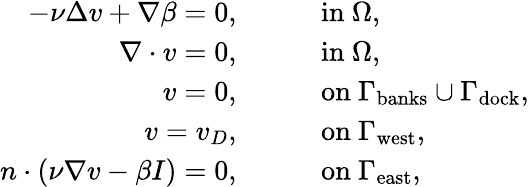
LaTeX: \begin{array}{rl}{-\nu\Delta v+\nabla\beta=0,}&{\qquad\mathrm{in}\ \Omega,}\\ {\nabla\cdot v=0,}&{\qquad\mathrm{in}\ \Omega,}\\ {v=0,}&{\qquad\mathrm{on}\ \Gamma_{\mathrm{banks}}\cup\Gamma_{\mathrm{dock}},}\\ {v=v_{D},}&{\qquad\mathrm{on}\ \Gamma_{\mathrm{west}},}\\ {n\cdot(\nu\nabla v-\beta I)=0,}&{\qquad\mathrm{on}\ \Gamma_{\mathrm{east}},}\end{array}